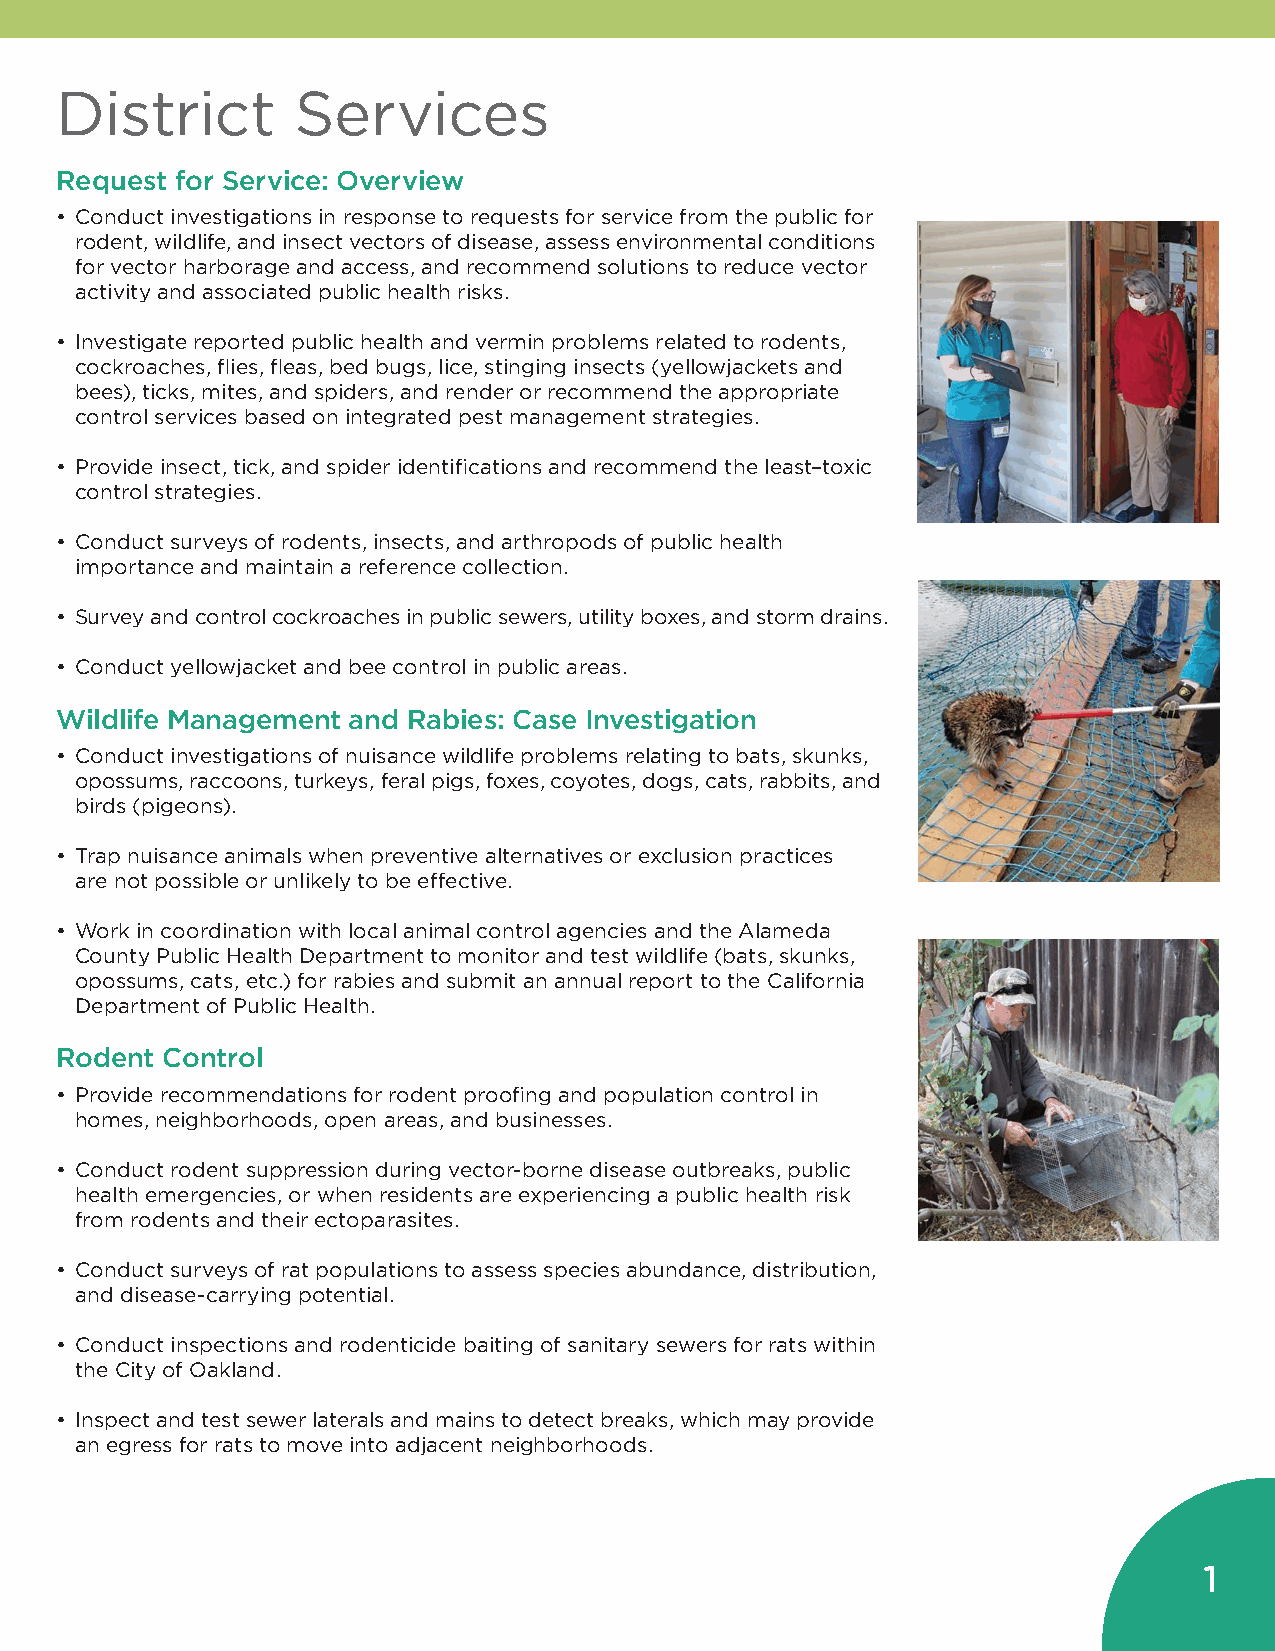
District       Services
 Request for Service: Overview
 • Conduct investigations in response to requests for service from the public for
 rodent, wildlife, and insect vectors of disease, assess environmental conditions
 for vector harborage and access, and recommend solutions to reduce vector
 activity and associated public health risks.
 • Investigate reported public health and vermin problems related to rodents,
 cockroaches, flies, fleas, bed bugs, lice, stinging insects (yellowjackets and
 bees), ticks, mites, and spiders, and render or recommend the appropriate
 control services based on integrated pest management strategies.
 • Provide insect, tick, and spider identifications and recommend the least–toxic
 control strategies.
 • Conduct surveys of rodents, insects, and arthropods of public health
 importance and maintain a reference collection.
 • Survey and control cockroaches in public sewers, utility boxes, and storm drains.
 • Conduct yellowjacket and bee control in public areas.
 Wildlife Management and Rabies: Case Investigation
 • Conduct investigations of nuisance wildlife problems relating to bats, skunks,
 opossums, raccoons, turkeys, feral pigs, foxes, coyotes, dogs, cats, rabbits, and
 birds (pigeons).
 • Trap nuisance animals when preventive alternatives or exclusion practices
 are not possible or unlikely to be effective.
 • Work in coordination with local animal control agencies and the Alameda
 County Public Health Department to monitor and test wildlife (bats, skunks,
 opossums, cats, etc.) for rabies and submit an annual report to the California
 Department of Public Health.
 Rodent Control
 • Provide recommendations for rodent proofing and population control in
 homes, neighborhoods, open areas, and businesses.
 • Conduct rodent suppression during vector-borne disease outbreaks, public
 health emergencies, or when residents are experiencing a public health risk
 from rodents and their ectoparasites.
 • Conduct surveys of rat populations to assess species abundance, distribution,
 and disease-carrying potential.
 • Conduct inspections and rodenticide baiting of sanitary sewers for rats within
 the City of Oakland.
 • Inspect and test sewer laterals and mains to detect breaks, which may provide
 an egress for rats to move into adjacent neighborhoods.
 1